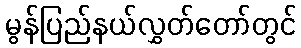
မွန်ပြည်နယ်လွှတ်တော်တွင်